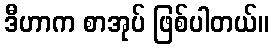
ဒီဟာက စာအုပ် ဖြစ်ပါတယ်။